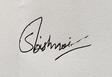
Signature authenticity: genuine